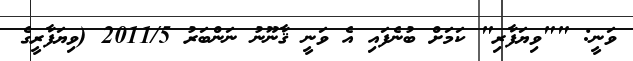
ވަނީ: ""ވިޔަފާރި" ކަމަށް ބުނެފައި އެ ވަނީ ޤާނޫނު ނަންބަރު 2011/5 (ވިޔަފާރީގެ